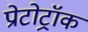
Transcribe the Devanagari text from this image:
प्रोटोट्रॉक